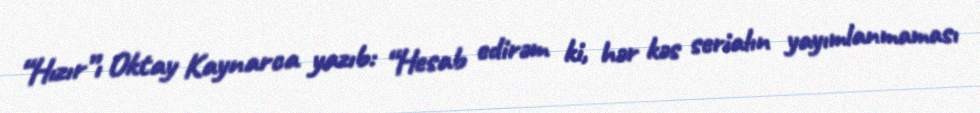
“Hızır”ı Oktay Kaynarca yazıb: “Hesab edirəm ki, hər kəs serialın yayımlanmaması